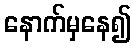
နောက်မှနေ၍